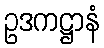
ဥဒကဋ္ဌာနံ